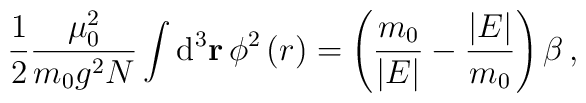
\frac{1}{2}\frac{\mu_0^2}{ m_0g^2N}\int{\rm d}^3{\bf r}\,\phi^2\left(r\right)=\left(\frac{m_0}{\vert E\vert}-\frac{\vert E\vert}{ m_0}\right)\beta\,,